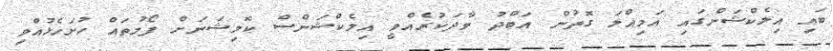
ބައި އިލެކްޝަންގައި އަމިއްލަ ގޮތުން އަބްދު ވާދަކުރެއްވީ އިލެކްޝަންސް ކޮމިޝަނަށް ފޯމުތައް ހުށަހެޅުއްވި